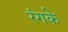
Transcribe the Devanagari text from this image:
रंगके